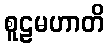
စူဠမဟာတိ